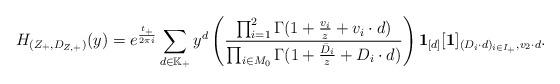
LaTeX: \begin{align*}H_{(Z_+,D_{Z,+})}(y)=e^{\frac{t_+}{2\pi i}}\sum_{d\in\mathbb K_{+}}y^d\left(\frac{\prod_{i=1}^2 \Gamma(1+\frac{v_i}{z}+v_i\cdot d)}{\prod_{i\in M_0}\Gamma (1+\frac{\bar D_i}{z}+D_i\cdot d)}\right)\textbf{1}_{[d]}[\textbf{1}]_{(D_i\cdot d)_{i\in I_+},v_2\cdot d}.\end{align*}